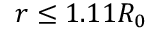
r \leq 1 . 1 1 R _ { 0 }